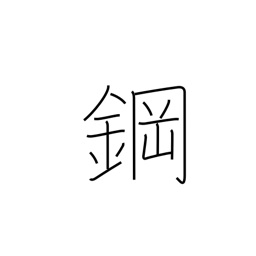
Meaning: steel